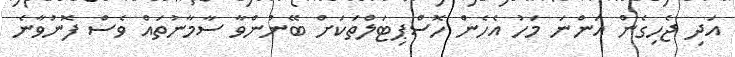
އަދި ޖެހިގެން އަންނަ މަހު އެހެން ހޮސްޕިޓަލްތަކަށް ބޭނުންވާ ސާމާނުތައް ވެސް ފޮނުވާނެ